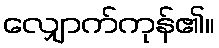
လျှောက်ကုန်၏။